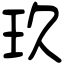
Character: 玖